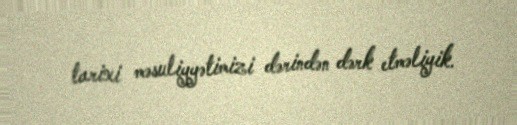
tarixi məsuliyyətimizi dərindən dərk etməliyik.